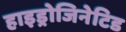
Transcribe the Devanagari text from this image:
हाइड्रोजिनेटिड